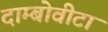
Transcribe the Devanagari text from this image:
दाम्बोवीटा